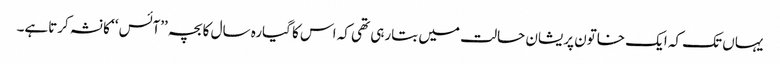
یہاں تک کہ ایک خاتون پریشان حالت میں بتارہی تھی کہ اس کا گیارہ سال کا بچہ ’’آئس ‘‘ کا نشہ کرتاہے۔